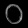
Digit: ၀